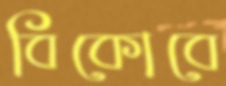
বিকোবে